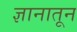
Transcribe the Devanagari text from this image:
ज्ञानातून